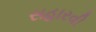
સહારવી